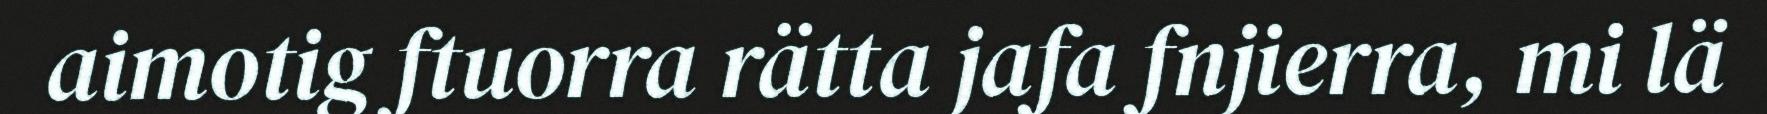
aimotig ftuorra rätta jafa fnjierra, mi lä